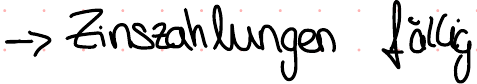
-> Zinszahlungen fällig